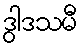
ဒွါဒသမီ